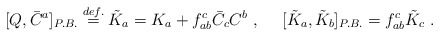
\begin{align*}[Q,\bar{C}^a]_{P.B.}\stackrel{def.}{=}\tilde{K}_a =K_a+f_{ab}^c \bar{C}_c C^b~,~~~~[\tilde{K}_a,\tilde{K}_b]_{P.B.}=f_{ab}^c \tilde{K}_c~.\end{align*}